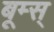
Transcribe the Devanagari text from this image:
बूम्स्